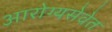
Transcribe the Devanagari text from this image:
आरोग्यसेवेत